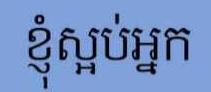
ខ្ញុំស្អប់អ្នក